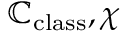
\mathbb { C } _ { \mathrm { c l a s s } } , \chi